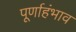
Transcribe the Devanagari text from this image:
पूर्णाहंभाव